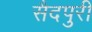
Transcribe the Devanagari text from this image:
सैदपुरी